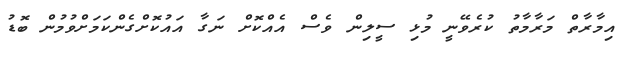
އިމާރާތް މަރާމާތު ކުރެވޭނީ މުޅި ސީލިން ވެސް އެއްކޮށް ނަގާ އައުކޮށްގެންކަމަށްވުމުން ބޮޑު